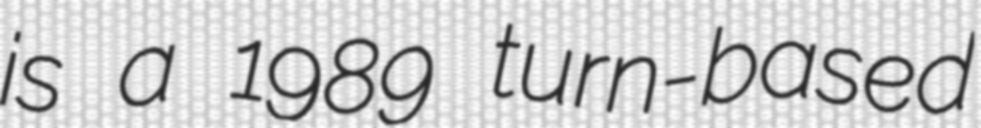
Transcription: is a 1989 turn-based